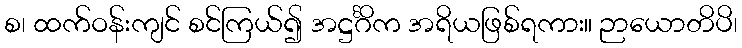
စ၊ ထက်ဝန်းကျင် စင်ကြယ်၍ အဋ္ဌင်္ဂိက အရိယဖြစ်ရကား။ ဉာယောတိပိ၊